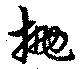
抛